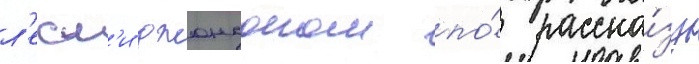
л'есл'и джонсоном по́ расска́зу